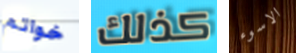
خواتم كذلك الاسوء